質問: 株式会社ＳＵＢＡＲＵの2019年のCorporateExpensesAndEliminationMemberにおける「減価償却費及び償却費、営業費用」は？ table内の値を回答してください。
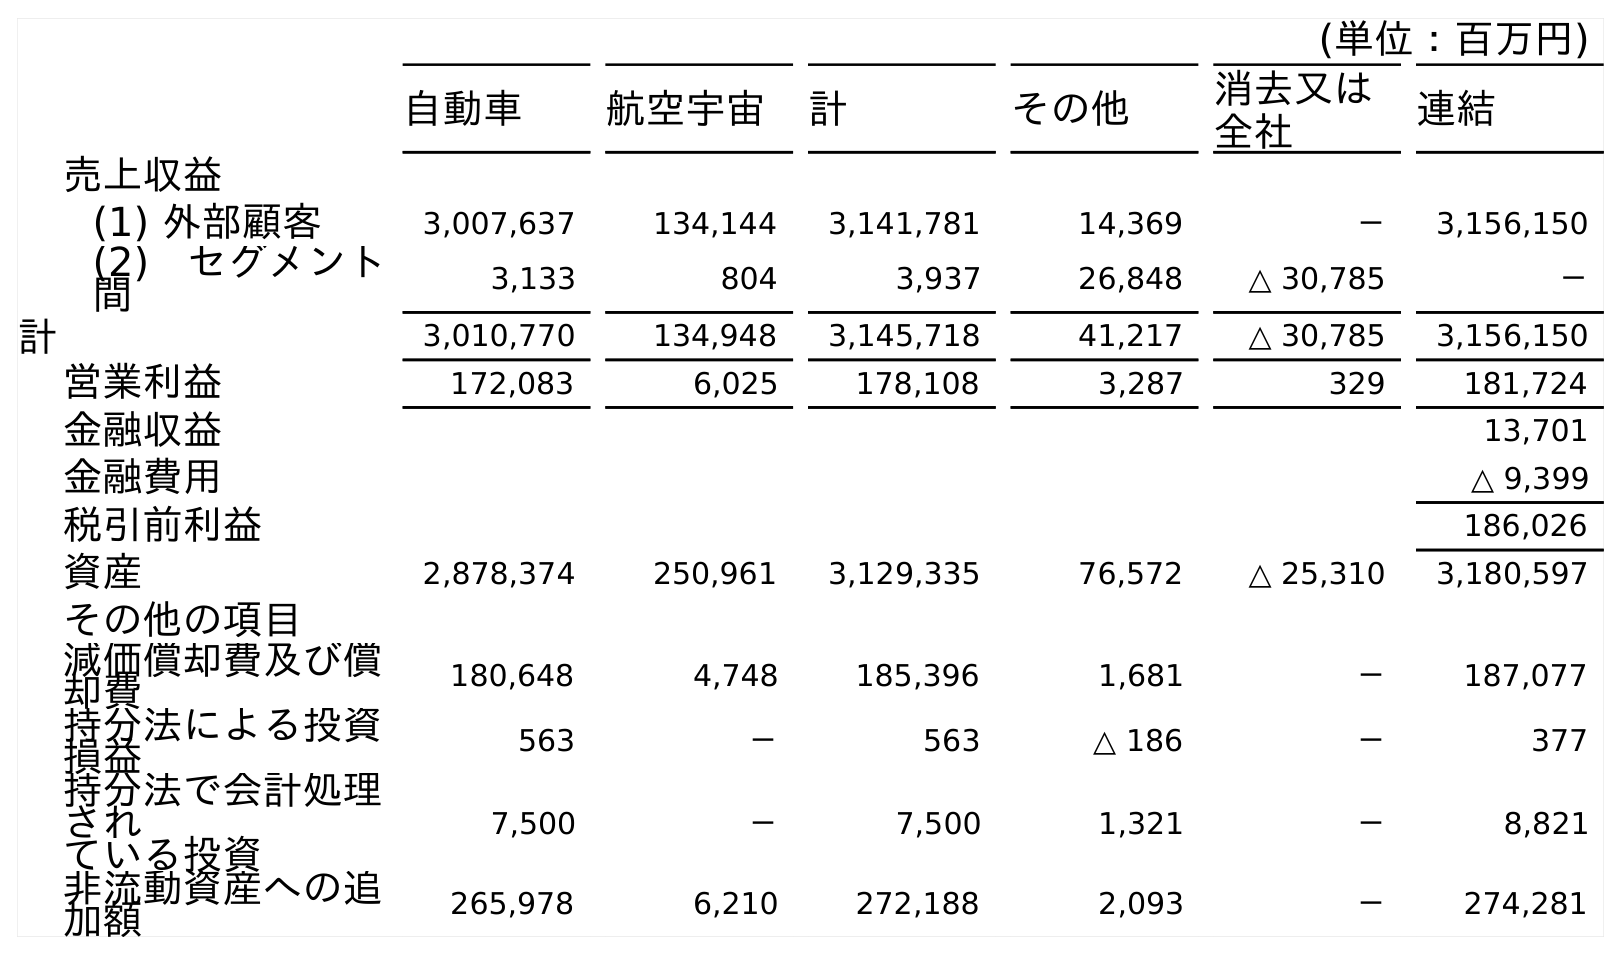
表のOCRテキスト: (単位：百万円) 自動車 航空宇宙 計 その他 消去又は 全社 連結 売上収益 (1) 外部顧客 3,007,637 134,144 3,141,781 14,369 － 3,156,150 (2) セグメント 間 3,133 804 3,937 26,848 △ 30,785 － 計 3,010,770 134,948 3,145,718 41,217 △ 30,785 3,156,150 営業利益 172,083 6,025 178,108 3,287 329 181,724 金融収益 13,701 金融費用 △ 9,399 税引前利益 186,026 資産 2,878,374 250,961 3,129,335 76,572 △ 25,310 3,180,597 その他の項目 減価償却費及び償 却費 180,648 4,748 185,396 1,681 － 187,077 持分法による投資 損益 563 － 563 △ 186 － 377 持分法で会計処理 され ている投資 7,500 － 7,500 1,321 － 8,821 非流動資産への追 加額 265,978 6,210 272,188 2,093 － 274,281
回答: －